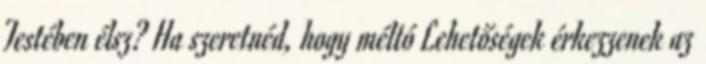
Testében élsz? Ha szeretnéd, hogy méltó Lehetőségek érkezzenek az